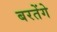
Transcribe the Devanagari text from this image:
बरतेंगे